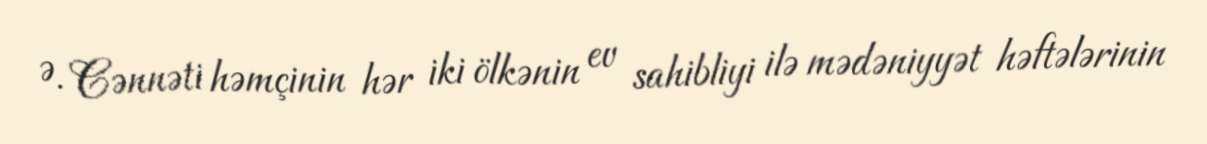
Ə. Cənnəti həmçinin hər iki ölkənin ev sahibliyi ilə mədəniyyət həftələrinin